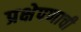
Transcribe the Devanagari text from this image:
प्रक्षेपणाची